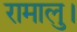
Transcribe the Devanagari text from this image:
रामालु।